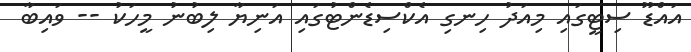
އައްޑޫ ސިޓީގައި މިއަދު ހިނގި އެކްސިޑެންޓުގައި އަނިޔާ ލިބުނު މީހަކު -- ވައިބާ